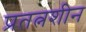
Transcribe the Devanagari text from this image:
प्रतत्नशीन